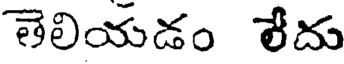
తెలియడం లేదు